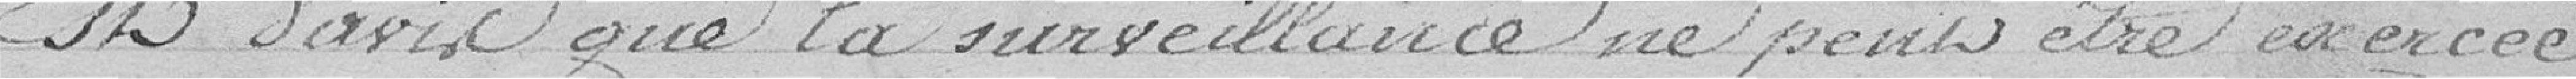
Est d'avis que la surveillance ne peut être exercée